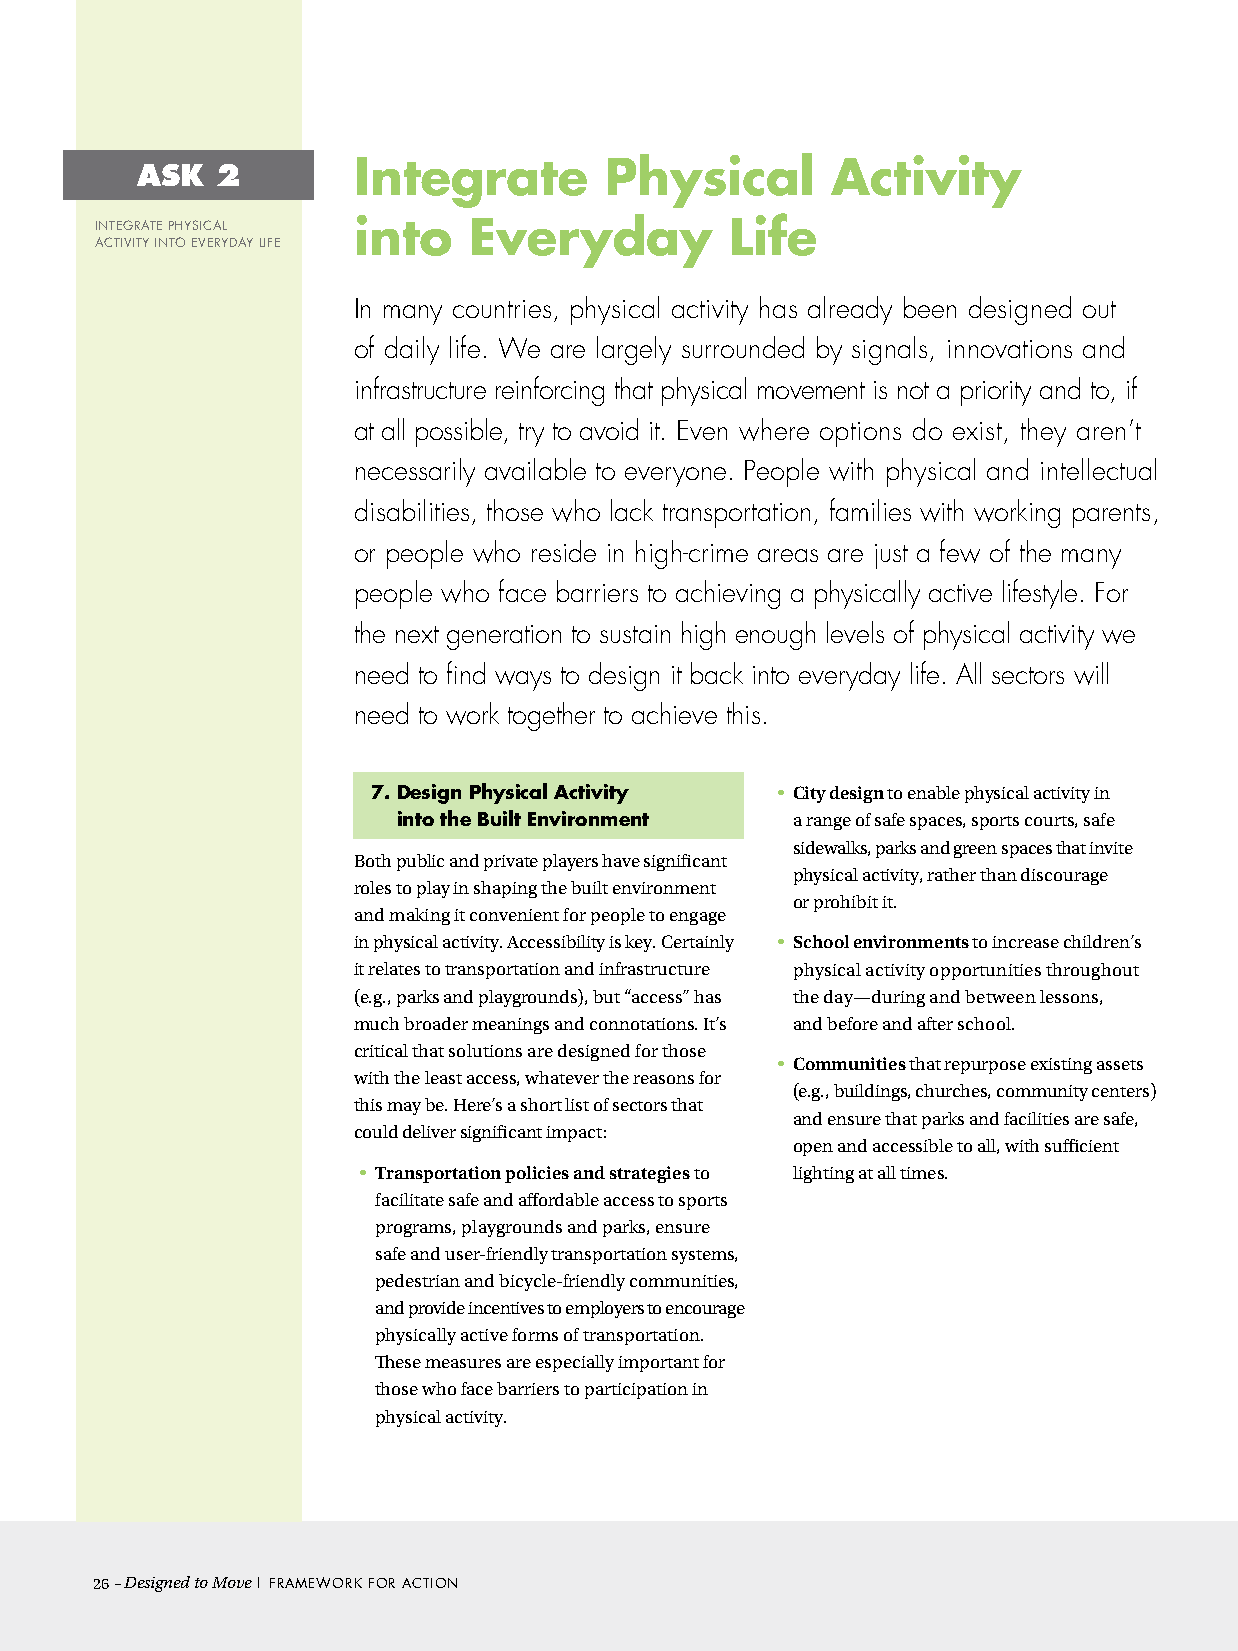
ASK  2        Integrate        Physical       Activity
 InTeGraTe PHySIcaL into  everyday         Life
 acTIVITy InTo eVeryDay LIFe
 In many countries, physical activity has already been designed out
 of daily life. We are largely surrounded by signals, innovations and
 infrastructure reinforcing that physical movement is not a priority and to, if
 at all possible, try to avoid it. Even where options do exist, they aren’t
 necessarily available to everyone. People with physical and intellectual
 disabilities, those who lack transportation, families with working parents,
 or people who reside in high-crime areas are just a few of the many
 people who face barriers to achieving a physically active lifestyle. For
 the next generation to sustain high enough levels of physical activity we
 need to find ways to design it back into everyday life. All sectors will
 need to work together to achieve this.
 7. Design Physical Activity • City design to enable physical activity in
 into the Built environment a range of safe spaces, sports courts, safe
 sidewalks, parks and green spaces that invite
 Both public and private players have significant
 physical activity, rather than discourage
 roles to play in shaping the built environment
 or prohibit it.
 and making it convenient for people to engage
 in physical activity. Accessibility is key. Certainly • School environments to increase children’s
 it relates to transportation and infrastructure physical activity opportunities throughout
 (e.g., parks and playgrounds), but “access” has the day—during and between lessons,
 much broader meanings and connotations. It’s and before and after school.
 critical that solutions are designed for those
 • Communities that repurpose existing assets
 with the least access, whatever the reasons for
 (e.g., buildings, churches, community centers)
 this may be. Here’s a short list of sectors that
 and ensure that parks and facilities are safe,
 could deliver significant impact:
 open and accessible to all, with sufficient
 • Transportation policies and strategies to lighting at all times.
 facilitate safe and affordable access to sports
 programs, playgrounds and parks, ensure
 safe and user-friendly transportation systems,
 pedestrian and bicycle-friendly communities,
 and provide incentives to employers to encourage
 physically active forms of transportation.
 These measures are especially important for
 those who face barriers to participation in
 physical activity.
 26– Designed to Move | Framework For acTIon